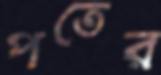
পতের